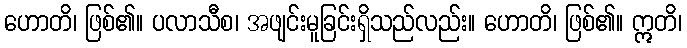
ဟောတိ၊ ဖြစ်၏။ ပလာသီစ၊ အဖျင်းမူခြင်းရှိသည်လည်း။ ဟောတိ၊ ဖြစ်၏။ ဣတိ၊